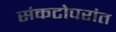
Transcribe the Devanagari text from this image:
संकटोपरांत